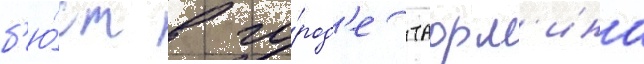
б'ю́ст в го́род'е таорм'ина